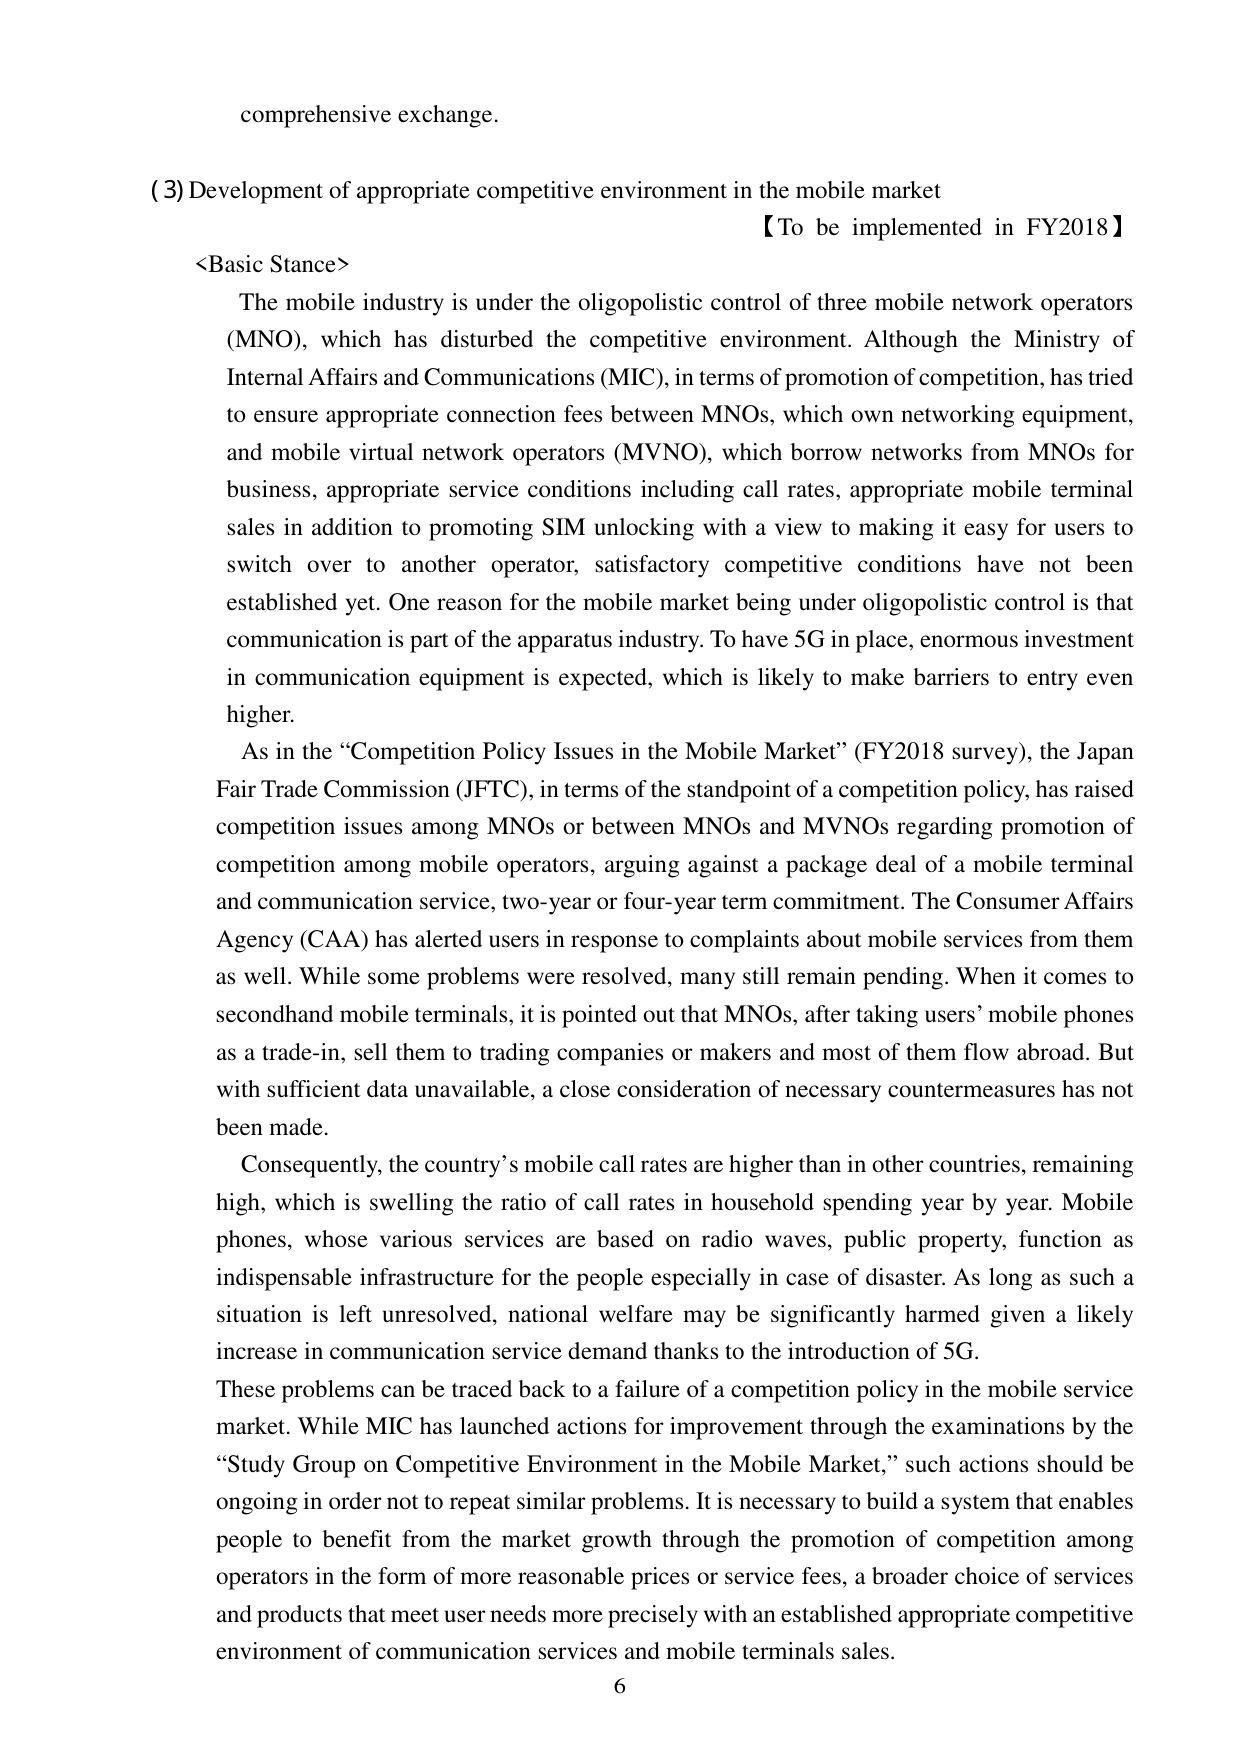
comprehensive exchange.

(3) Development of appropriate competitive environment in the mobile market 【To be implemented in FY2018】

<Basic Stance>

The mobile industry is under the oligopolistic control of three mobile network operators (MNO), which has disturbed the competitive environment. Although the Ministry of Internal Affairs and Communications (MIC), in terms of promotion of competition, has tried to ensure appropriate connection fees between MNOs, which own networking equipment, and mobile virtual network operators (MVNO), which borrow networks from MNOs for business, appropriate service conditions including call rates, appropriate mobile terminal sales in addition to promoting SIM unlocking with a view to making it easy for users to switch over to another operator, satisfactory competitive conditions have not been established yet. One reason for the mobile market being under oligopolistic control is that communication is part of the apparatus industry. To have 5G in place, enormous investment in communication equipment is expected, which is likely to make barriers to entry even higher.

As in the “Competition Policy Issues in the Mobile Market” (FY2018 survey), the Japan Fair Trade Commission (JFTC), in terms of the standpoint of a competition policy, has raised competition issues among MNOs or between MNOs and MVNOs regarding promotion of competition among mobile operators, arguing against a package deal of a mobile terminal and communication service, two-year or four-year term commitment. The Consumer Affairs Agency (CAA) has alerted users in response to complaints about mobile services from them as well. While some problems were resolved, many still remain pending. When it comes to secondhand mobile terminals, it is pointed out that MNOs, after taking users’ mobile phones as a trade-in, sell them to trading companies or makers and most of them flow abroad. But with sufficient data unavailable, a close consideration of necessary countermeasures has not been made.

Consequently, the country’s mobile call rates are higher than in other countries, remaining high, which is swelling the ratio of call rates in household spending year by year. Mobile phones, whose various services are based on radio waves, public property, function as indispensable infrastructure for the people especially in case of disaster. As long as such a situation is left unresolved, national welfare may be significantly harmed given a likely increase in communication service demand thanks to the introduction of 5G.

These problems can be traced back to a failure of a competition policy in the mobile service market. While MIC has launched actions for improvement through the examinations by the “Study Group on Competitive Environment in the Mobile Market,” such actions should be ongoing in order not to repeat similar problems. It is necessary to build a system that enables people to benefit from the market growth through the promotion of competition among operators in the form of more reasonable prices or service fees, a broader choice of services and products that meet user needs more precisely with an established appropriate competitive environment of communication services and mobile terminals sales.

6